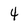
Character: 4